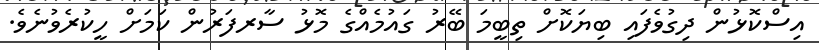
އިސްކޮޅުން ދިގުވެފައި ބިޔަކޮށް ތިބީމަ ބޭރު ގައުމެއްގެ މޮޅު ސާރފަރުން ކަމަށް ހީކުރެވުނެވެ.